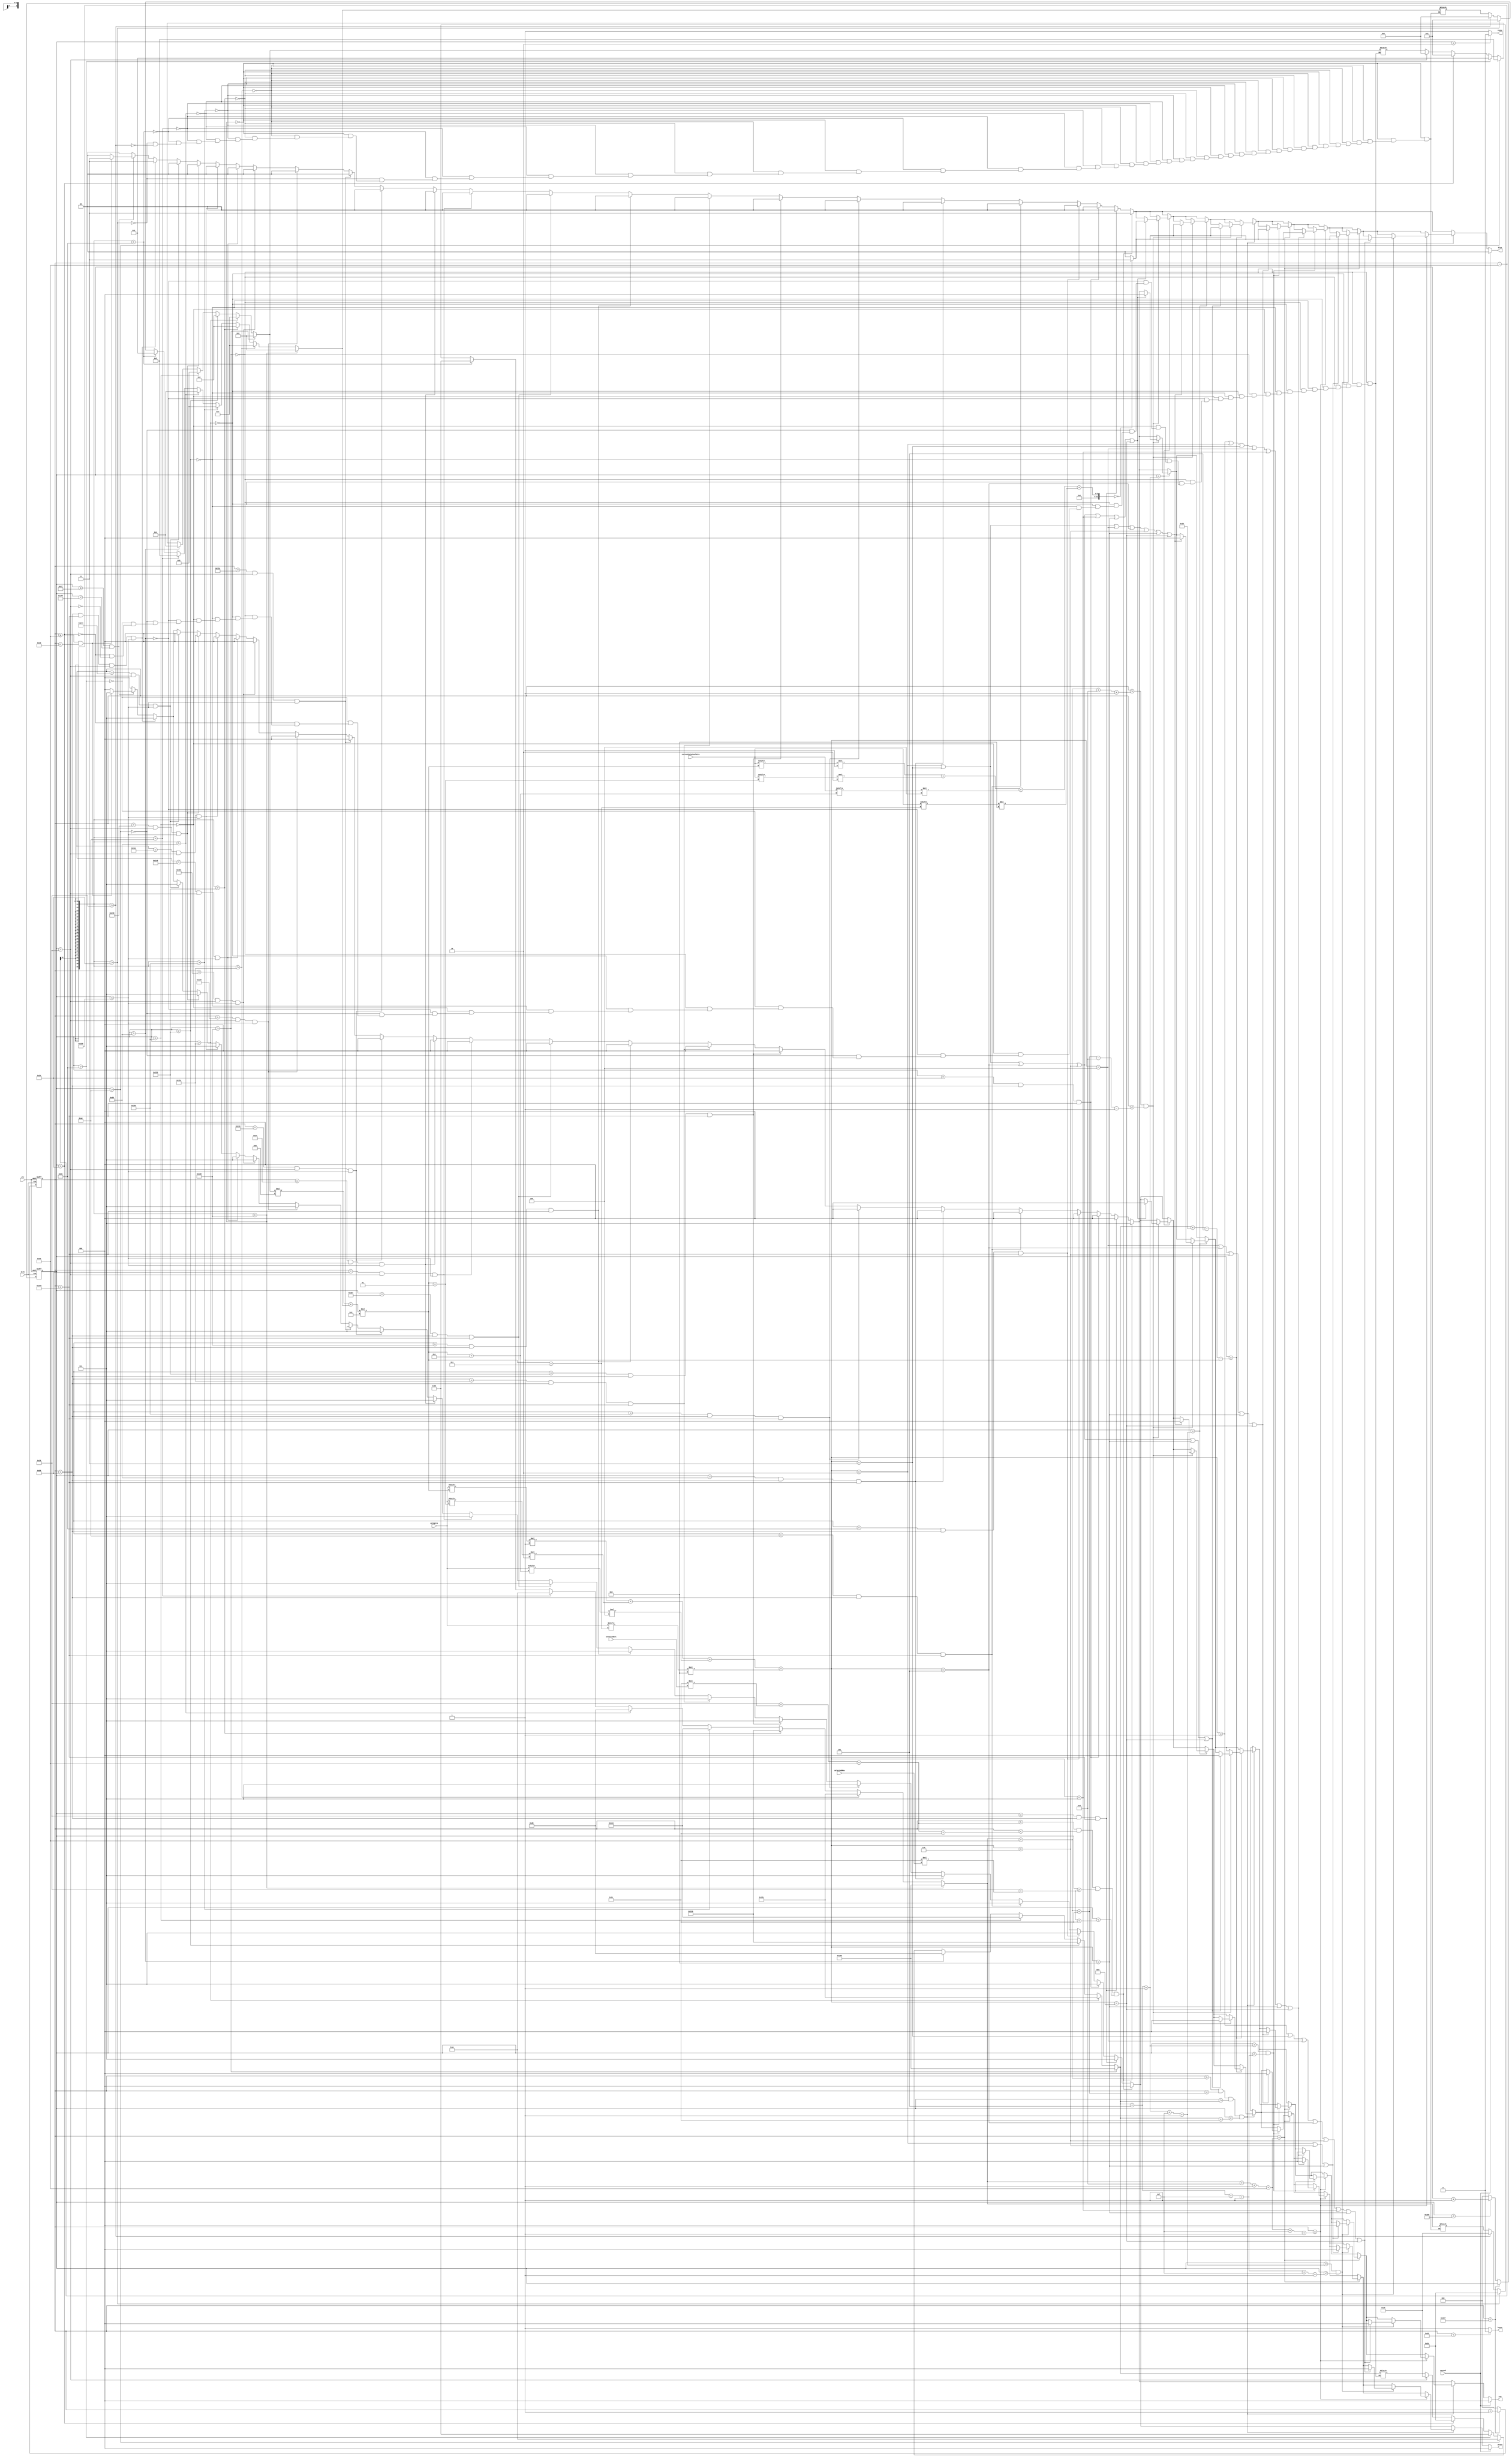
`timescale 1ns / 1ps
//////////////////////////////////////////////////////////////////////////////////
// Company: 
// Engineer: 
// 
// Design Name: 
// Module Name:    vga640x480 
// Project Name: 
// Target Devices: 
// Tool versions: 
// Description: 
//
// Dependencies: 
//
// Revision: 
// Revision 0.01 - File Created
// Additional Comments: 
//
//////////////////////////////////////////////////////////////////////////////////
module vga(
	input wire dclk,			//pixel clock: 25MHz
	input wire clr,			//asynchronous reset
	input wire [323:0] gridWire, //g0 = 324'b000000010010001101000101011001111000000100100011010001010110011110000000001000110100010101100111100000000001001101000101011001111000000000010010010001010110011110000000000100100011010101100111100000000001001000110100011001111000000000010010001101000101011110000000000100100011010001010110100000000001001000110100010101100111;
	input wire [323:0] currentOriginalWire,
	input wire [3:0] selectedRow,
    input wire [3:0] selectedCol,
    input wire paused,
	output wire hsync,		//horizontal sync out
	output wire vsync,		//vertical sync out
	output reg [2:0] red,	//red vga output
	output reg [2:0] green, //green vga output
	output reg [1:0] blue	//blue vga output

	);

// video structure constants
parameter hpixels = 800;// horizontal pixels per line
parameter vlines = 521; // vertical lines per frame
parameter hpulse = 96; 	// hsync pulse length
parameter vpulse = 2; 	// vsync pulse length
parameter hbp = 144; 	// end of horizontal back porch
parameter hfp = 784; 	// beginning of horizontal front porch
parameter vbp = 31; 		// end of vertical back porch
parameter vfp = 511; 	// beginning of vertical front porch
parameter OFFSET_X = 40;
parameter OFFSET_Y = 40;
parameter WHITE_SQUARE_WIDTH = 43;
parameter SQUARE_WIDTH = 44;
parameter WHITE_X_PADDING = 13;
parameter WHITE_Y_PADDING = 5;
parameter SEGMENT_LENGTH = 15;
integer SELECTED_SQUARE_X = OFFSET_X + 0;
integer SELECTED_SQUARE_Y = OFFSET_Y + 0;
integer SQUARE_X = OFFSET_X /*+ SQUARE_WIDTH*/;
integer SQUARE_Y = OFFSET_Y /*+ SQUARE_WIDTH*/;
integer gridRow = 0;
integer gridCol = 0;
integer currentNumber = 0;
integer currentOriginalNumber = 0;


// active horizontal video is therefore: 784 - 144 = 640
// active vertical video is therefore: 511 - 31 = 480

// registers for storing the horizontal & vertical counters
reg [9:0] hc;
reg [9:0] vc;

// Horizontal & vertical counters --
// this is how we keep track of where we are on the screen.
// ------------------------
// Sequential "always block", which is a block that is
// only triggered on signal transitions or "edges".
// posedge = rising edge  &  negedge = falling edge
// Assignment statements can only be used on type "reg" and need to be of the "non-blocking" type: <=
always @(posedge dclk or posedge clr)
begin
	// reset condition
	if (clr == 1)
	begin
		hc <= 0;
		vc <= 0;
	end
	else
	begin
		// keep counting until the end of the line
		if (hc < hpixels - 1)
			hc <= hc + 1;
		else
		// When we hit the end of the line, reset the horizontal
		// counter and increment the vertical counter.
		// If vertical counter is at the end of the frame, then
		// reset that one too.
		begin
			hc <= 0;
			if (vc < vlines - 1)
				vc <= vc + 1;
			else
				vc <= 0;
		end
		
	end
end

// generate sync pulses (active low)
// ----------------
// "assign" statements are a quick way to
// give values to variables of type: wire
assign hsync = (hc < hpulse) ? 0:1;
assign vsync = (vc < vpulse) ? 0:1;

// display 100% saturation colorbars
// ------------------------
// Combinational "always block", which is a block that is
// triggered when anything in the "sensitivity list" changes.
// The asterisk implies that everything that is capable of triggering the block
// is automatically included in the sensitivty list.  In this case, it would be
// equivalent to the following: always @(hc, vc)
// Assignment statements can only be used on type "reg" and should be of the "blocking" type: =
always @(*)
begin
	if (vc > OFFSET_Y + SQUARE_WIDTH*8) begin
		gridRow = 8;
		SQUARE_Y = OFFSET_Y + SQUARE_WIDTH*8;
	end
	else if (vc > OFFSET_Y + SQUARE_WIDTH*7) begin
		gridRow = 7;
		SQUARE_Y = OFFSET_Y + SQUARE_WIDTH*7;
	end
	else if (vc > OFFSET_Y + SQUARE_WIDTH*6) begin
		gridRow = 6;
		SQUARE_Y = OFFSET_Y + SQUARE_WIDTH*6;
	end
	else if (vc > OFFSET_Y + SQUARE_WIDTH*5) begin
		gridRow = 5;
		SQUARE_Y = OFFSET_Y + SQUARE_WIDTH*5;
	end
	else if (vc > OFFSET_Y + SQUARE_WIDTH*4) begin
		gridRow = 4;
		SQUARE_Y = OFFSET_Y + SQUARE_WIDTH*4;
	end
	else if (vc > OFFSET_Y + SQUARE_WIDTH*3) begin
		gridRow = 3;
		SQUARE_Y = OFFSET_Y + SQUARE_WIDTH*3;
	end
	else if (vc > OFFSET_Y + SQUARE_WIDTH*2) begin
		gridRow = 2;
		SQUARE_Y = OFFSET_Y + SQUARE_WIDTH*2;
	end
	else if (vc > OFFSET_Y + SQUARE_WIDTH*1) begin
		gridRow = 1;  //1
		SQUARE_Y = OFFSET_Y + SQUARE_WIDTH*1;
	end
	else if (vc > OFFSET_Y) begin
		gridRow = 0; // 0
		SQUARE_Y = OFFSET_Y;
	end

	// w = hc - hbp
	if (hc - hbp > OFFSET_X +8* SQUARE_WIDTH) begin
		gridCol = 8;
		SQUARE_X = OFFSET_X +8* SQUARE_WIDTH;
	end
	else if (hc - hbp > OFFSET_X + 7 * SQUARE_WIDTH) begin
		gridCol = 7;
		SQUARE_X = OFFSET_X + 7* SQUARE_WIDTH;
	end
	else if (hc - hbp > OFFSET_X + 6 * SQUARE_WIDTH) begin
		gridCol = 6;
		SQUARE_X = OFFSET_X + 6* SQUARE_WIDTH;
	end
	else if (hc - hbp > OFFSET_X + 5 * SQUARE_WIDTH) begin
		gridCol = 5;
		SQUARE_X = OFFSET_X + 5* SQUARE_WIDTH;
	end
	else if (hc - hbp > OFFSET_X + 4 * SQUARE_WIDTH) begin
		gridCol = 4;
		SQUARE_X = OFFSET_X + 4* SQUARE_WIDTH;
	end
	else if (hc - hbp > OFFSET_X + 3 * SQUARE_WIDTH) begin
		gridCol = 3;
		SQUARE_X = OFFSET_X + 3* SQUARE_WIDTH;
	end
	else if (hc - hbp > OFFSET_X + 2 * SQUARE_WIDTH) begin
		gridCol = 2;
		SQUARE_X = OFFSET_X + 2* SQUARE_WIDTH;
	end
	else if (hc - hbp > OFFSET_X + 1 * SQUARE_WIDTH) begin
		gridCol = 1;
		SQUARE_X = OFFSET_X + 1* SQUARE_WIDTH;
	end
	else if (hc - hbp > OFFSET_X + 0 * SQUARE_WIDTH) begin
		gridCol = 0;
		SQUARE_X = OFFSET_X + 0* SQUARE_WIDTH;
	end


	SELECTED_SQUARE_Y = OFFSET_Y + SQUARE_WIDTH * selectedRow;
	SELECTED_SQUARE_X = OFFSET_X + SQUARE_WIDTH * selectedCol;


	
	// first check if we're within vertical active video range
	if (vc >= vbp && vc < vfp) // vertical coutner, horizontal coutner
	begin
		// now display different colors every 80 pixels
		// while we're within the active horizontal range
		// -----------------
		// display white bar
		if (hc >= hbp && hc < (hbp+80))
		begin
			red = 3'b111;
			green = 3'b111;
			blue = 2'b11;
		end
		/*
		// display yellow bar
		else if (hc >= (hbp+80) && hc < (hbp+160))
		begin
			red = 3'b111;
			green = 3'b111;
			blue = 2'b00;
		end
		// display cyan bar
		else if (hc >= (hbp+160) && hc < (hbp+240))
		begin
			red = 3'b000;
			green = 3'b111;
			blue = 2'b11;
		end
		// display green bar
		else if (hc >= (hbp+240) && hc < (hbp+320))
		begin
			red = 3'b000;
			green = 3'b111;
			blue = 2'b00;
		end
		// display magenta bar
		else if (hc >= (hbp+320) && hc < (hbp+400))
		begin
			red = 3'b111;
			green = 3'b000;
			blue = 2'b11;
		end
		// display red bar
		else if (hc >= (hbp+400) && hc < (hbp+480))
		begin
			red = 3'b111;
			green = 3'b000;
			blue = 2'b00;
		end
		// display blue bar
		else if (hc >= (hbp+480) && hc < (hbp+560))
		begin
			red = 3'b000;
			green = 3'b000;
			blue = 2'b11;
		end
		// display black bar
		else if (hc >= (hbp+560) && hc < (hbp+640))
		begin
			red = 3'b000;
			green = 3'b000;
			blue = 2'b00;
		end*/
		// we're outside active horizontal range so display black
		else
		begin
			red = 0;
			green = 0;
			blue = 0;
		end





	end

		// we're outside active vertical range so display black
	else
	begin
		red = 0;
		green = 0;
		blue = 0;
	end


	// TODO: need to calculate SQUARE_X and SQUARE_Y 
	// SQUARE_X = OFFSET_X + SQUARE_WIDTH;
	// SQUARE_X = OFFSET_X + SQUARE_WIDTH*3;
	// SQUARE_X = OFFSET_X + SQUARE_WIDTH*4;
	// SQUARE_X = OFFSET_X + SQUARE_WIDTH*5;
	// SQUARE_X = OFFSET_X + SQUARE_WIDTH*6;
	// SQUARE_X = OFFSET_X + SQUARE_WIDTH*7;
	// SQUARE_X = OFFSET_X + SQUARE_WIDTH*8;
	// SQUARE_X = OFFSET_X + SQUARE_WIDTH*9;
	//  SQUARE_Y = OFFSET_X + SQUARE_WIDTH;


	currentNumber <= gridWire[(gridRow*9 + gridCol)*4] * 1 + gridWire[(gridRow*9 + gridCol)*4 + 1] * 2 + gridWire[(gridRow*9 + gridCol)*4 + 2] * 4 + gridWire[(gridRow*9 + gridCol)*4 + 3] * 8;
	currentOriginalNumber <= currentOriginalWire[(gridRow*9 + gridCol)*4] * 1 + currentOriginalWire[(gridRow*9 + gridCol)*4 + 1] * 2 + currentOriginalWire[(gridRow*9 + gridCol)*4 + 2] * 4 + currentOriginalWire[(gridRow*9 + gridCol)*4 + 3] * 8;

						// $write("%d gridRow:%d gridCol:%d", grid[(gridRow*9 + gridCol)*4+0] * 1 + grid[(gridRow*9 + gridCol)*4+1] * 2 + grid[(gridRow*9 + gridCol)*4+2] * 4 + grid[(gridRow*9 + gridCol)*4+3] * 8,gridRow,

	
	// white background per square
	if(hc > OFFSET_X + hbp && hc < OFFSET_X + hbp + 1 + 9*SQUARE_WIDTH && vc > OFFSET_Y && vc < OFFSET_Y + 1 + 9*SQUARE_WIDTH) begin
			red = 3'b111;
			green = 3'b111;
			blue = 2'b11;
	end
	// HORIZONTAL LINES
	if (vc == OFFSET_Y && hc > OFFSET_X + hbp && hc < OFFSET_X + hbp + 1 + 9*SQUARE_WIDTH)
		begin
			red = 3'b000;
			green = 3'b111;
			blue = 2'b00;
		end
	
	else if (vc == OFFSET_Y + 1 * SQUARE_WIDTH && hc > OFFSET_X + hbp && hc < OFFSET_X + hbp + 1 + 9*SQUARE_WIDTH)
		begin
			red = 3'b000;
			green = 3'b111;
			blue = 2'b00;
		end
	else if (vc == OFFSET_Y + 2 * SQUARE_WIDTH && hc > OFFSET_X + hbp && hc < OFFSET_X + hbp + 1 + 9*SQUARE_WIDTH)
		begin
			red = 3'b000;
			green = 3'b111;
			blue = 2'b00;
		end
	else if (vc == OFFSET_Y + 3 * SQUARE_WIDTH && hc > OFFSET_X + hbp && hc < OFFSET_X + hbp + 1 + 9*SQUARE_WIDTH)
		begin
			red = 3'b000;
			green = 3'b111;
			blue = 2'b00;
		end
	else if (vc == OFFSET_Y + 4 * SQUARE_WIDTH && hc > OFFSET_X + hbp && hc < OFFSET_X + hbp + 1 + 9*SQUARE_WIDTH)
		begin
			red = 3'b000;
			green = 3'b111;
			blue = 2'b00;
		end
	else if (vc == OFFSET_Y + 5 * SQUARE_WIDTH && hc > OFFSET_X + hbp && hc < OFFSET_X + hbp + 1 + 9*SQUARE_WIDTH)
		begin
			red = 3'b000;
			green = 3'b111;
			blue = 2'b00;
		end
	else if (vc == OFFSET_Y + 6 * SQUARE_WIDTH && hc > OFFSET_X + hbp && hc < OFFSET_X + hbp + 1 + 9*SQUARE_WIDTH)
		begin
			red = 3'b000;
			green = 3'b111;
			blue = 2'b00;
		end
	else if (vc == OFFSET_Y + 7 * SQUARE_WIDTH && hc > OFFSET_X + hbp && hc < OFFSET_X + hbp + 1 + 9*SQUARE_WIDTH)
		begin
			red = 3'b000;
			green = 3'b111;
			blue = 2'b00;
		end
	else if (vc == OFFSET_Y + 8 * SQUARE_WIDTH && hc > OFFSET_X + hbp && hc < OFFSET_X + hbp + 1 + 9*SQUARE_WIDTH)
		begin
			red = 3'b000;
			green = 3'b111;
			blue = 2'b00;
		end
	else if (vc == OFFSET_Y + 9 * SQUARE_WIDTH && hc > OFFSET_X + hbp && hc < OFFSET_X + hbp + 1 + 9*SQUARE_WIDTH)
		begin
			red = 3'b000;
			green = 3'b111;
			blue = 2'b00;
		end

		// VERTICAL LINES
	else if (hc == OFFSET_X + hbp && vc > OFFSET_Y && vc < OFFSET_Y + 1 + 9*SQUARE_WIDTH)
		begin
			red = 3'b000;
			green = 3'b111;
			blue = 2'b00;
		end
	
	else if (hc == OFFSET_X + hbp + 1 * SQUARE_WIDTH && vc > OFFSET_Y && vc < OFFSET_Y + 1 + 9*SQUARE_WIDTH)
		begin
			red = 3'b000;
			green = 3'b111;
			blue = 2'b00;
		end
	else if (hc == OFFSET_X + hbp + 2 * SQUARE_WIDTH && vc > OFFSET_Y && vc < OFFSET_Y + 1 + 9*SQUARE_WIDTH)
		begin
			red = 3'b000;
			green = 3'b111;
			blue = 2'b00;
		end
	else if (hc == OFFSET_X + hbp + 3 * SQUARE_WIDTH && vc > OFFSET_Y && vc < OFFSET_Y + 1 + 9*SQUARE_WIDTH)
		begin
			red = 3'b000;
			green = 3'b111;
			blue = 2'b00;
		end
	else if (hc == OFFSET_X + hbp + 4 * SQUARE_WIDTH && vc > OFFSET_Y && vc < OFFSET_Y + 1 + 9*SQUARE_WIDTH)
		begin
			red = 3'b000;
			green = 3'b111;
			blue = 2'b00;
		end
	else if (hc == OFFSET_X + hbp + 5 * SQUARE_WIDTH && vc > OFFSET_Y && vc < OFFSET_Y + 1 + 9*SQUARE_WIDTH)
		begin
			red = 3'b000;
			green = 3'b111;
			blue = 2'b00;
		end
	else if (hc == OFFSET_X + hbp + 6 * SQUARE_WIDTH && vc > OFFSET_Y && vc < OFFSET_Y + 1 + 9*SQUARE_WIDTH)
		begin
			red = 3'b000;
			green = 3'b111;
			blue = 2'b00;
		end
	else if (hc == OFFSET_X + hbp + 7 * SQUARE_WIDTH && vc > OFFSET_Y && vc < OFFSET_Y + 1 + 9*SQUARE_WIDTH)
		begin
			red = 3'b000;
			green = 3'b111;
			blue = 2'b00;
		end
	else if (hc == OFFSET_X + hbp + 8 * SQUARE_WIDTH && vc > OFFSET_Y && vc < OFFSET_Y + 1 + 9*SQUARE_WIDTH)
		begin
			red = 3'b000;
			green = 3'b111;
			blue = 2'b00;
		end
	else if (hc == OFFSET_X + hbp + 9 * SQUARE_WIDTH && vc > OFFSET_Y && vc < OFFSET_Y + 1 + 9*SQUARE_WIDTH)
		begin
			red = 3'b000;
			green = 3'b111;
			blue = 2'b00;
		end




		if (hc > SELECTED_SQUARE_X + hbp + SQUARE_WIDTH + 25 && hc < OFFSET_X + hbp + 2 * SQUARE_WIDTH - 10) begin  // 
			// red = 3'b000;
			// green = 3'b000;
			// blue = 2'b00;
		end
		//first square
		// selected square background
		if(hc > SELECTED_SQUARE_X + hbp && hc < SELECTED_SQUARE_X + hbp + SQUARE_WIDTH && vc > SELECTED_SQUARE_Y && vc < SELECTED_SQUARE_Y + SQUARE_WIDTH) begin
				red = 3'b111;
				green = 3'b000;
				blue = 2'b11;
		end

// top left is very right

// TODO
//0000 0001 0010 001101000101011001111000000100100011010001010110011110000000001000110100010101100111100000000001001101000101011001111000000000010010010001010110011110000000000100100011010101100111100000000001001000110100011001111000000000010010001101000101011110000000000100100011010001010110100000000001001000110100010101100111;
		// current square for number NOT SELECTED SQUARE
		if(hc > SQUARE_X + hbp && hc < SQUARE_X + hbp + SQUARE_WIDTH && vc > SQUARE_Y && vc < SQUARE_Y + SQUARE_WIDTH) begin
			// TOP segment
			if(vc == SQUARE_Y + WHITE_Y_PADDING + 1) begin
				// TOP segment
				if(hc > SQUARE_X + hbp + WHITE_X_PADDING + 1 && hc < SQUARE_X + hbp + SQUARE_WIDTH - WHITE_X_PADDING - 1)begin
					if (currentNumber == 2|| currentNumber == 3|| currentNumber == 5|| currentNumber == 6|| currentNumber == 7 || currentNumber == 8 || currentNumber == 9)
					begin
						red = 3'b000;
						green = 3'b000;
						blue = 2'b00; 
						if (currentOriginalNumber ==0)
					    	blue = 2'b11;
					end

				end
				
			end


			// middle seg
			if(vc == SQUARE_Y + WHITE_Y_PADDING + 1 + SEGMENT_LENGTH + 1) begin
				if(hc > SQUARE_X + hbp + WHITE_X_PADDING + 1 && hc < SQUARE_X + hbp + SQUARE_WIDTH - WHITE_X_PADDING - 1)begin
					if (currentNumber == 2|| currentNumber == 3|| currentNumber == 4 || currentNumber == 5 || currentNumber == 6 || currentNumber == 8 || currentNumber == 9)
					begin
						red = 3'b000;
						green = 3'b000;
						blue = 2'b00;
						if (currentOriginalNumber ==0)
					    	blue = 2'b11;
					end
				end
				
			end

			// BOTTOM segment
			if(vc == SQUARE_Y + WHITE_SQUARE_WIDTH - WHITE_Y_PADDING - 1) begin
				if(hc > SQUARE_X + hbp + WHITE_X_PADDING + 1 && hc < SQUARE_X + hbp + SQUARE_WIDTH - WHITE_X_PADDING - 1)begin
					if (currentNumber == 2|| currentNumber == 3 || currentNumber == 5 || currentNumber == 6 || currentNumber == 8 || currentNumber == 9)
					begin
						// 235689
						red = 3'b000;
						green = 3'b000;
						blue = 2'b00;
						if (currentOriginalNumber ==0)
					    	blue = 2'b11;
					end

				end
				
			end

			// top left segment
			if(hc == SQUARE_X + WHITE_X_PADDING + 1 + hbp) begin
				if(vc > SQUARE_Y + WHITE_Y_PADDING + 1 && vc < SQUARE_Y + WHITE_Y_PADDING + SEGMENT_LENGTH + 1)begin
					// 0 456 89
					if ( currentNumber == 4 || currentNumber == 5 || currentNumber == 6 || currentNumber == 8 || currentNumber == 9)
					begin
						red = 3'b000;
						green = 3'b000;
						blue = 2'b00;
						if (currentOriginalNumber ==0)
					    	blue = 2'b11;
					end

				end
			end


			// top right segment
			if(hc == SQUARE_X + WHITE_X_PADDING + 1 + hbp + SEGMENT_LENGTH + 1) begin
				if(vc > SQUARE_Y + WHITE_Y_PADDING + 1 && vc < SQUARE_Y + WHITE_Y_PADDING + SEGMENT_LENGTH + 1)begin
					// ! 56
					if ( currentNumber == 1|| currentNumber == 2|| currentNumber == 3 || currentNumber == 4 || currentNumber == 7 || currentNumber == 8 || currentNumber == 9)
					begin
						red = 3'b000;
						green = 3'b000;
						blue = 2'b00;
						if (currentOriginalNumber ==0)
					    	blue = 2'b11;
					end

				end
			end


			// bottom left segment
			if(hc == SQUARE_X + WHITE_X_PADDING + 1 + hbp) begin
				if(vc > SQUARE_Y + WHITE_Y_PADDING + 1 + SEGMENT_LENGTH + 1 && vc < SQUARE_Y + WHITE_Y_PADDING + SEGMENT_LENGTH + 1 + SEGMENT_LENGTH + 1)begin
					// 0 2 6 8
					if (currentNumber == 2|| currentNumber == 6 || currentNumber == 8 )
					begin
						red = 3'b000;
						green = 3'b000;
						blue = 2'b00;
						if (currentOriginalNumber ==0)
					    	blue = 2'b11;
					end
				end
			end


			// bottom right segment
			if(hc == SQUARE_X + WHITE_X_PADDING + 1 + hbp + SEGMENT_LENGTH + 1) begin
				if(vc > SQUARE_Y + WHITE_Y_PADDING + 1 + SEGMENT_LENGTH + 1 && vc < SQUARE_Y + WHITE_Y_PADDING + SEGMENT_LENGTH + 1 + SEGMENT_LENGTH + 1)begin
					if (currentNumber == 1|| currentNumber == 3|| currentNumber == 4||currentNumber == 5||  currentNumber == 6 || currentNumber == 7|| currentNumber == 8 || currentNumber == 9)
					begin
					red = 3'b000;
					green = 3'b000;
					blue = 2'b00;
					if (currentOriginalNumber ==0)
					    blue = 2'b11;
					end

				end
			end

		end
		// // selected square
		// if(hc > SELECTED_SQUARE_X + SQUARE_WIDTH + hbp && hc < SELECTED_SQUARE_X + hbp + 2 * SQUARE_WIDTH && vc > SELECTED_SQUARE_Y && vc < SELECTED_SQUARE_Y + SQUARE_WIDTH) begin
		// 		red = 3'b111;
		// 		green = 3'b000;
		// 		blue = 2'b00;
		// end
		// 		if(hc > SELECTED_SQUARE_X + SQUARE_WIDTH + hbp && hc < SELECTED_SQUARE_X + hbp + 2 * SQUARE_WIDTH && vc > SELECTED_SQUARE_Y + SQUARE_WIDTH && vc < SELECTED_SQUARE_Y + SQUARE_WIDTH +SQUARE_WIDTH) begin
		// 		red = 3'b000;
		// 		green = 3'b000;
		// 		blue = 2'b11;
		// end
		// top segment
		
		// SELECTED_SQUARE_X contains offset_x
		// SELECTED_SQUARE_Y already contains offset_y
// 		parameter WHITE_X_PADDING = 13;
// parameter WHITE_Y_PADDING = 5;
	
	


if (paused != 0)begin 
	green = 0;
	red = 0;
	blue = 0; end

	
end

endmodule